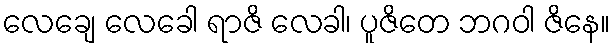
လေချေ လေခေါ ရာဇိ လေခါ၊ ပူဇိတေ ဘဂဝါ ဇိနေ။